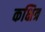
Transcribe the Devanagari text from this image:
कक्षित्र